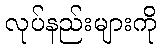
လုပ်နည်းများကို